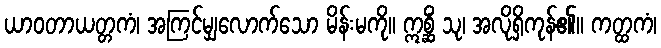
ယာဝတာယတ္တကံ၊ အကြင်မျှလောက်သော မိန်းမကို။ ဣစ္ဆိံ သု၊ အလိုရှိကုန်၏။ ကတ္ထကံ၊